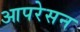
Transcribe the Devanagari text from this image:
आपरेसन